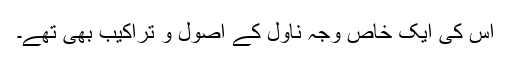
اس کی ایک خاص وجہ ناول کے اصول و تراکیب بھی تھے۔